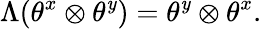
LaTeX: \Lambda(\theta^{x}\otimes\theta^{\mathit{y}})=\theta^{\mathit{y}}\otimes\theta^{x}.